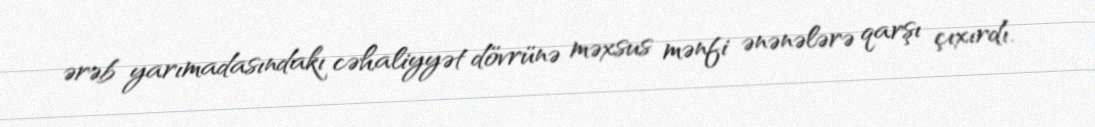
ərəb yarımadasındakı cəhaliyyət dövrünə məxsus mənfi ənənələrə qarşı çıxırdı.